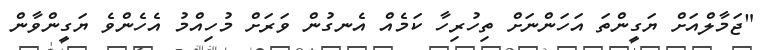
"ޖަމާލްއަށް ޔަގީންތަ އަހަންނަށް ތިހުރިހާ ކަމެއް އެނގުން ވަރަށް މުހިއްމު އެހެންވެ ޔަގީންވާން